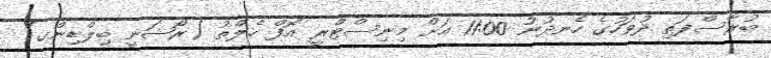
ބުރާސްފަތި ދުވަހުގެ ހެނދުނު 11:00 އަށް މިނިސްޓްރީ އޮފް ހެލްތު (ރޯޝަނީ ބިލްޑިންގ)